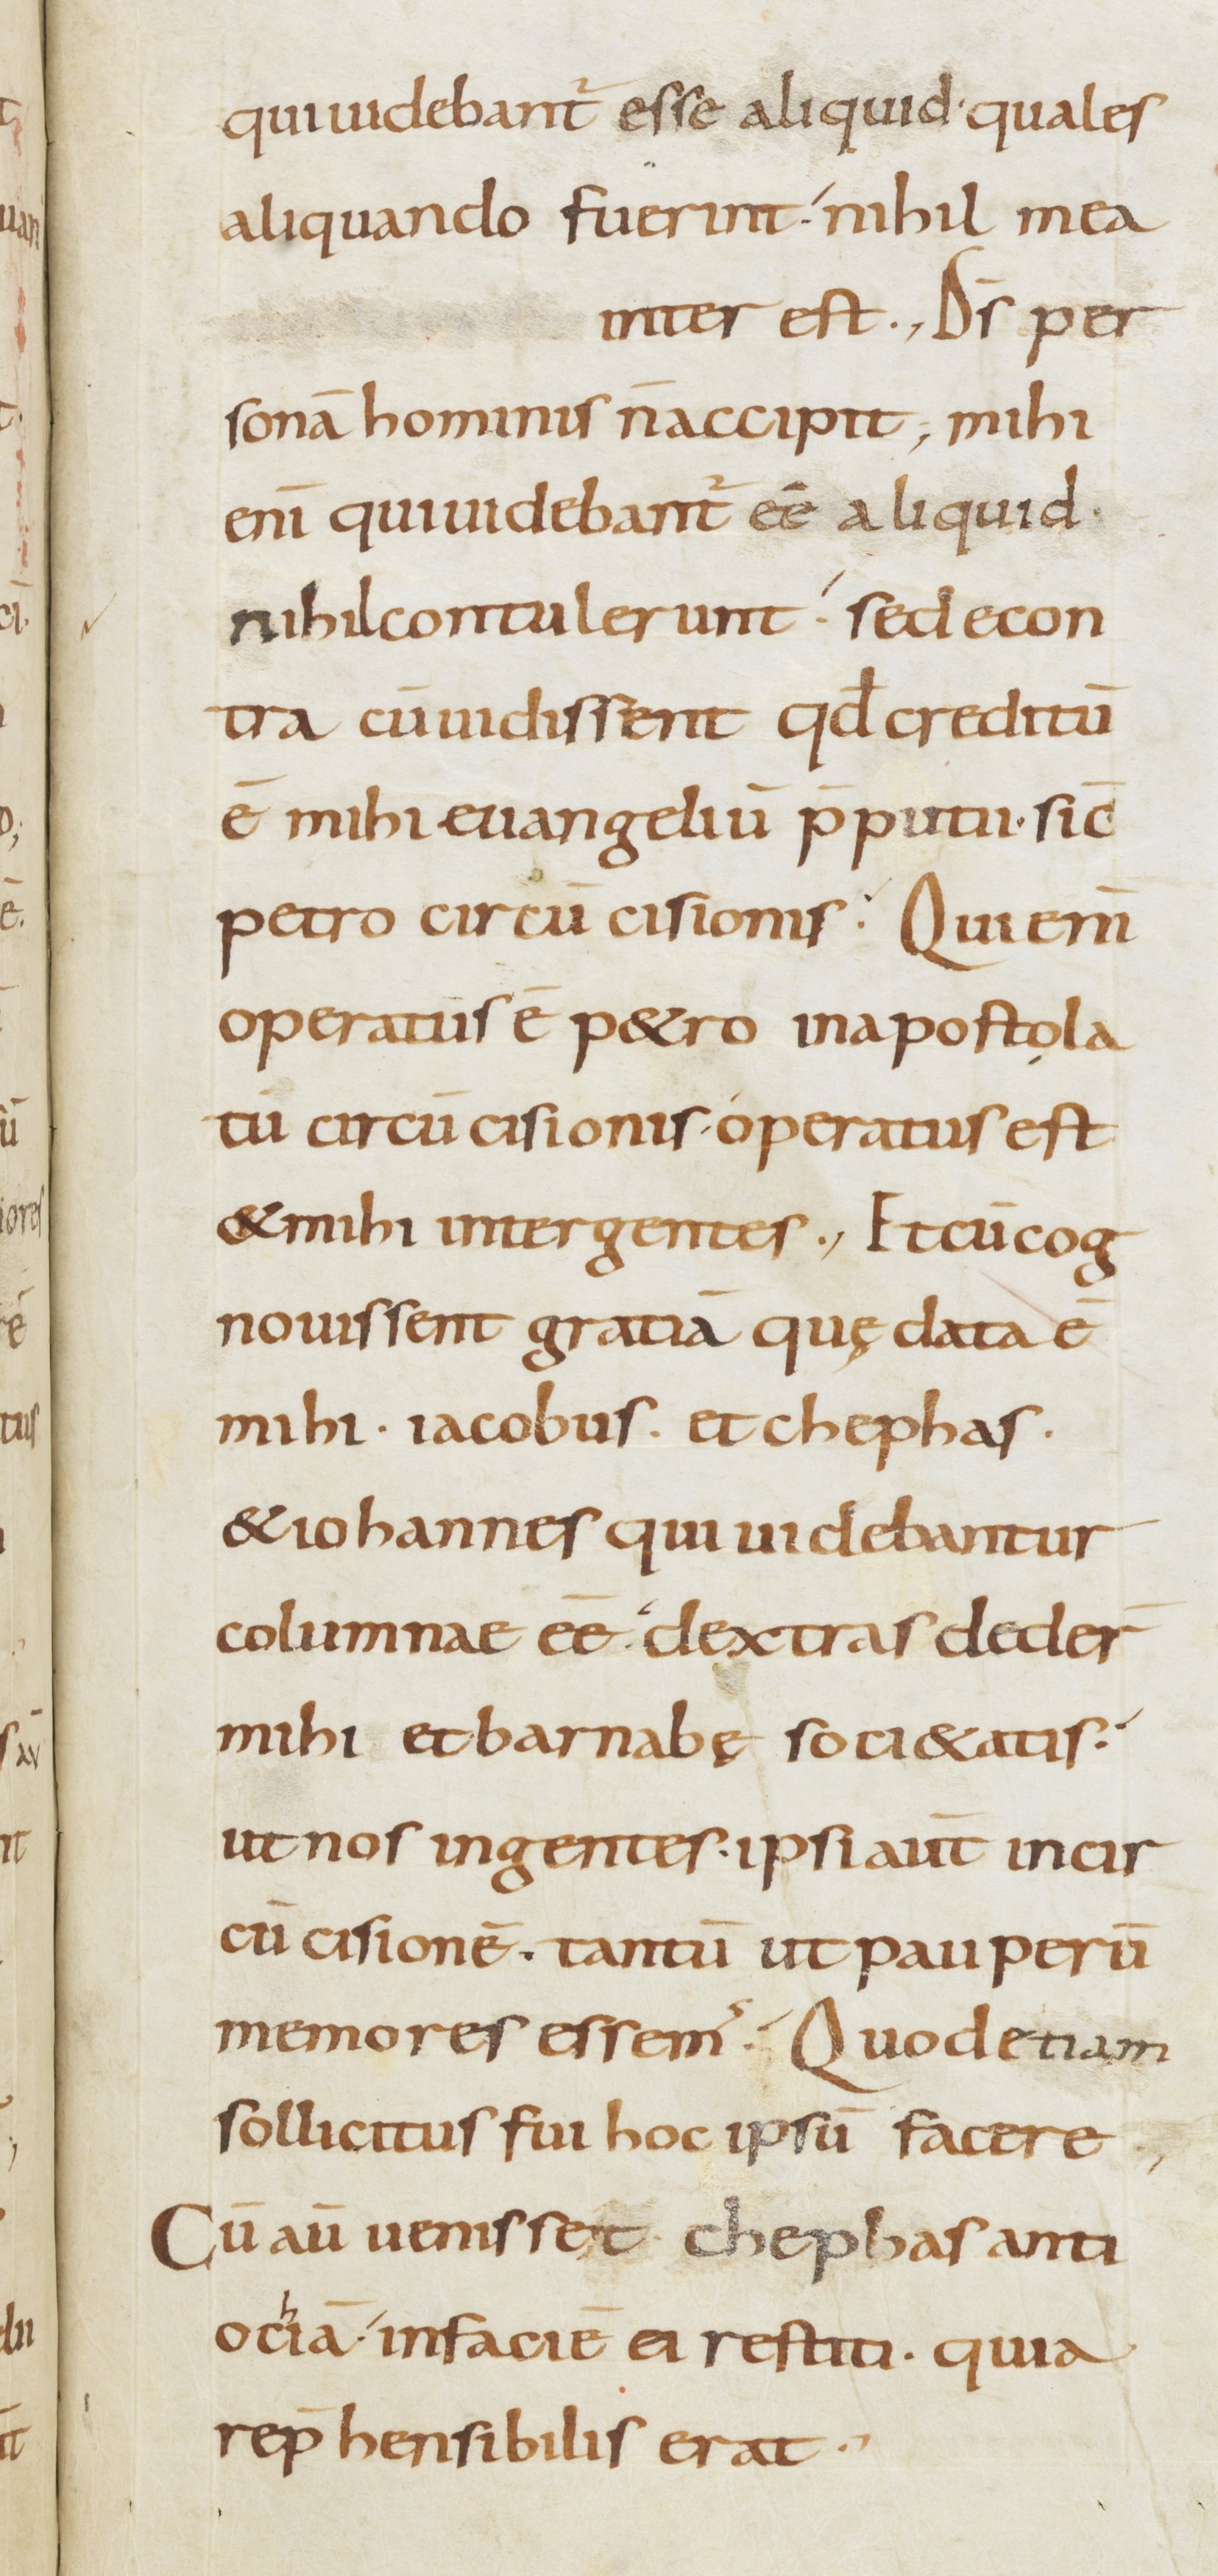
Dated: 800–899